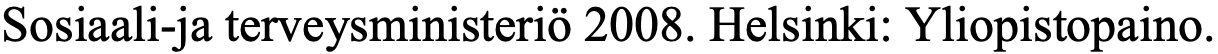
Sosiaali-ja terveysministeriö 2008. Helsinki: Yliopistopaino.